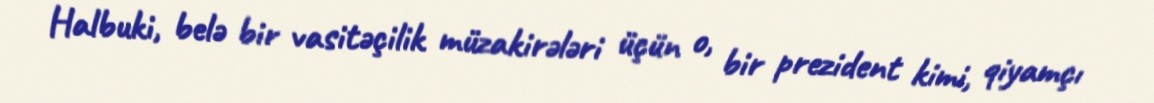
Halbuki, belə bir vasitəçilik müzakirələri üçün o, bir prezident kimi, qiyamçı